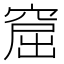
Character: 窟